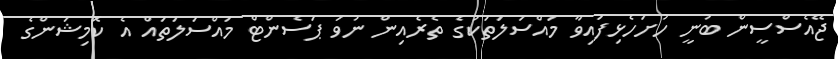
ޖޭއެސްސީން ބުނީ ހުށަހެޅިފައިވާ މައްސަލަތަކުގެ ތެރެއިން ނުވަ ޕަސެންޓް މައްސަލަތައް އެ ކޮމިޝަންގެ